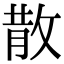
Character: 散